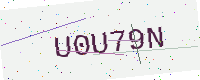
Text: U0U79N